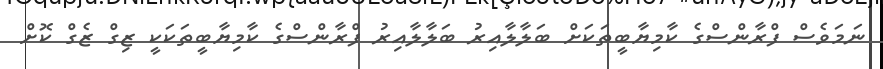
ނަމަވެސް ފްރާންސްގެ ކާމިޔާބީތަކަށް ބަލާލާއިރު ބަލާލާއިރު ފްރާންސްގެ ކާމިޔާބީތަަކަކީ ޒިގް ޒެގް ކޮށް